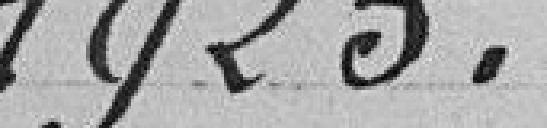
1925